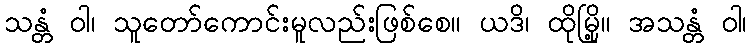
သန္တံ ဝါ၊ သူတော်ကောင်းမူလည်းဖြစ်စေ။ ယဒိ၊ ထိုမြို့။ အသန္တံ ဝါ၊